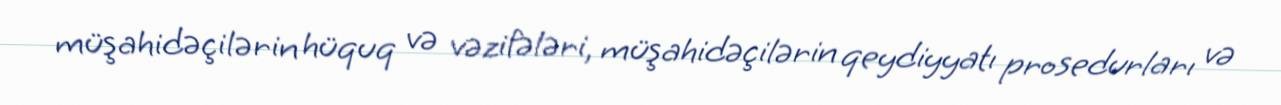
müşahidəçilərin hüquq və vəzifələri, müşahidəçilərin qeydiyyatı prosedurları və